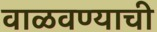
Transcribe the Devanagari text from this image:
वाळवण्याची